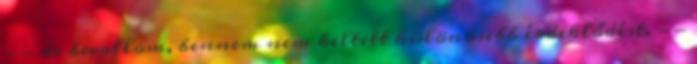
-- de bevallom, bennem nem keltett különösebb érdeklődést. --